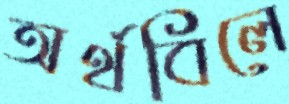
অর্থবিলে